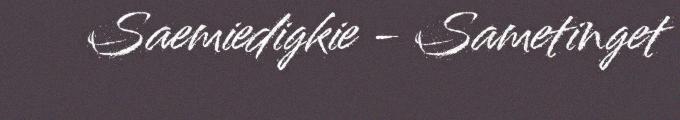
Saemiedigkie - Sametinget